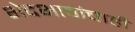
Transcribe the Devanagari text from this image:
भेदभावांचाही